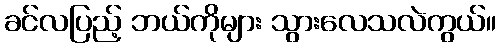
ခင်လပြည့် ဘယ်ကိုများ သွားလေသလဲကွယ်။